Civil Veterinary Dept. North-West Frontier Province 1933-46 - 1933-1946
Year: 1933
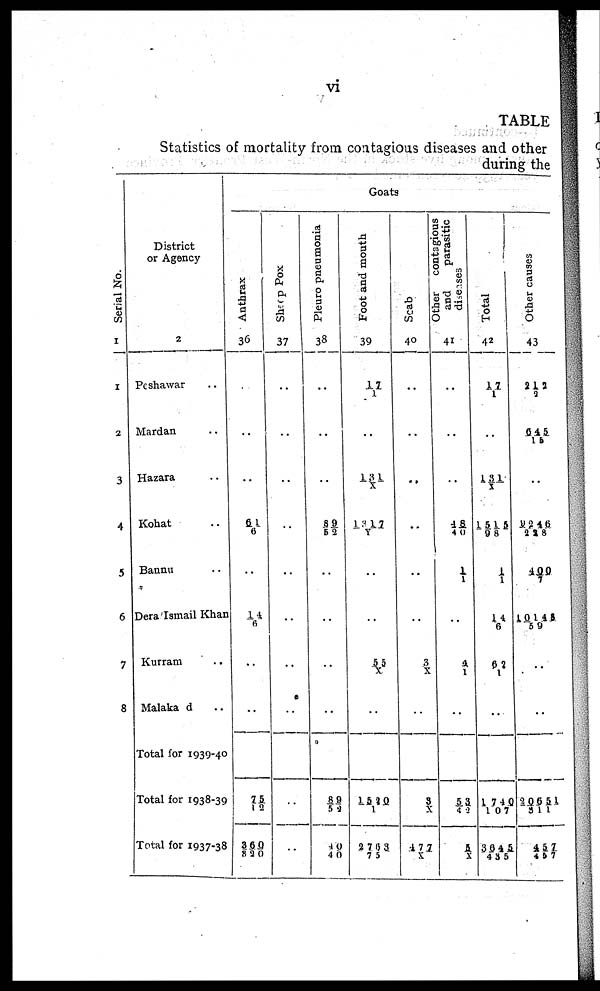
vi
TABLE
Statistics of mortality from contagious diseases and other
during the
Serial No.
1
1
2
3
4
5
6
7
8
District
or Agency
2
Peshawar ..
Mardan ..
Hazara ..
Kohat ..
Bannu ..
Dera Ismail Khan
Kurram ..
Malaka d ..
Total for 1939-40
Total for 1938-39
Total for 1937-38
Goats
Anthrax
36
..
..
..
61/6
..
14/6
..
..
..
75/12
360/820
Sheep Pox
37
..
..
..
..
..
..
..
..
..
Pleuro pneumonia
38
..
..
89/52
..
..
..
..
89/52
40/40
Foot and mouth
39
17/1
..
131/ X
1317/X
..
..
53/X
..
1590/1
2763/75
Scab
40
..
..
..
..
..
3/X
..
5/X
477/X
Other
contagious
and
parasitic
diseases
41
..
..
48/48
1/1
..
4/1
..
53/42
5/X
Total
42
17/1
..
131/X
1515/98
1/ 1
14/6
62/1
..
1740/107
3645/435
Other causes
43
212/9
645/16
..
9246/288
400/7
10148/59
..
..
20651/311
457/457